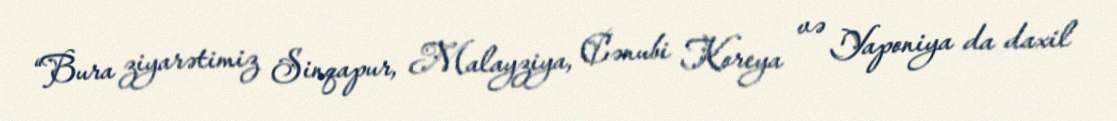
“Bura ziyarətimiz Sinqapur, Malayziya, Cənubi Koreya və Yaponiya da daxil